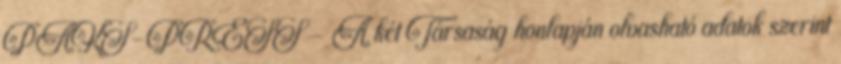
PAKS-PRESS - A két Társaság honlapján olvasható adatok szerint